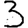
Digit: 3